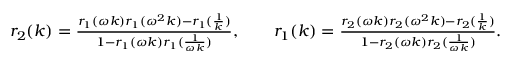
\begin{array} { r } { r _ { 2 } ( k ) = \frac { r _ { 1 } ( \omega k ) r _ { 1 } ( \omega ^ { 2 } k ) - r _ { 1 } ( \frac { 1 } { k } ) } { 1 - r _ { 1 } ( \omega k ) r _ { 1 } ( \frac { 1 } { \omega k } ) } , \qquad r _ { 1 } ( k ) = \frac { r _ { 2 } ( \omega k ) r _ { 2 } ( \omega ^ { 2 } k ) - r _ { 2 } ( \frac { 1 } { k } ) } { 1 - r _ { 2 } ( \omega k ) r _ { 2 } ( \frac { 1 } { \omega k } ) } . } \end{array}